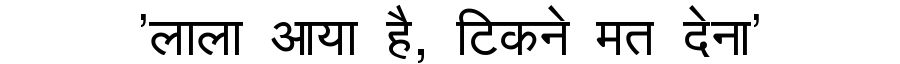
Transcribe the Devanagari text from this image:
'लाला आया है, टिकने मत देना'